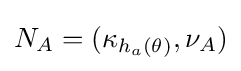
N_{A}=(\kappa _{h_{a}(\theta )},\nu _{A})